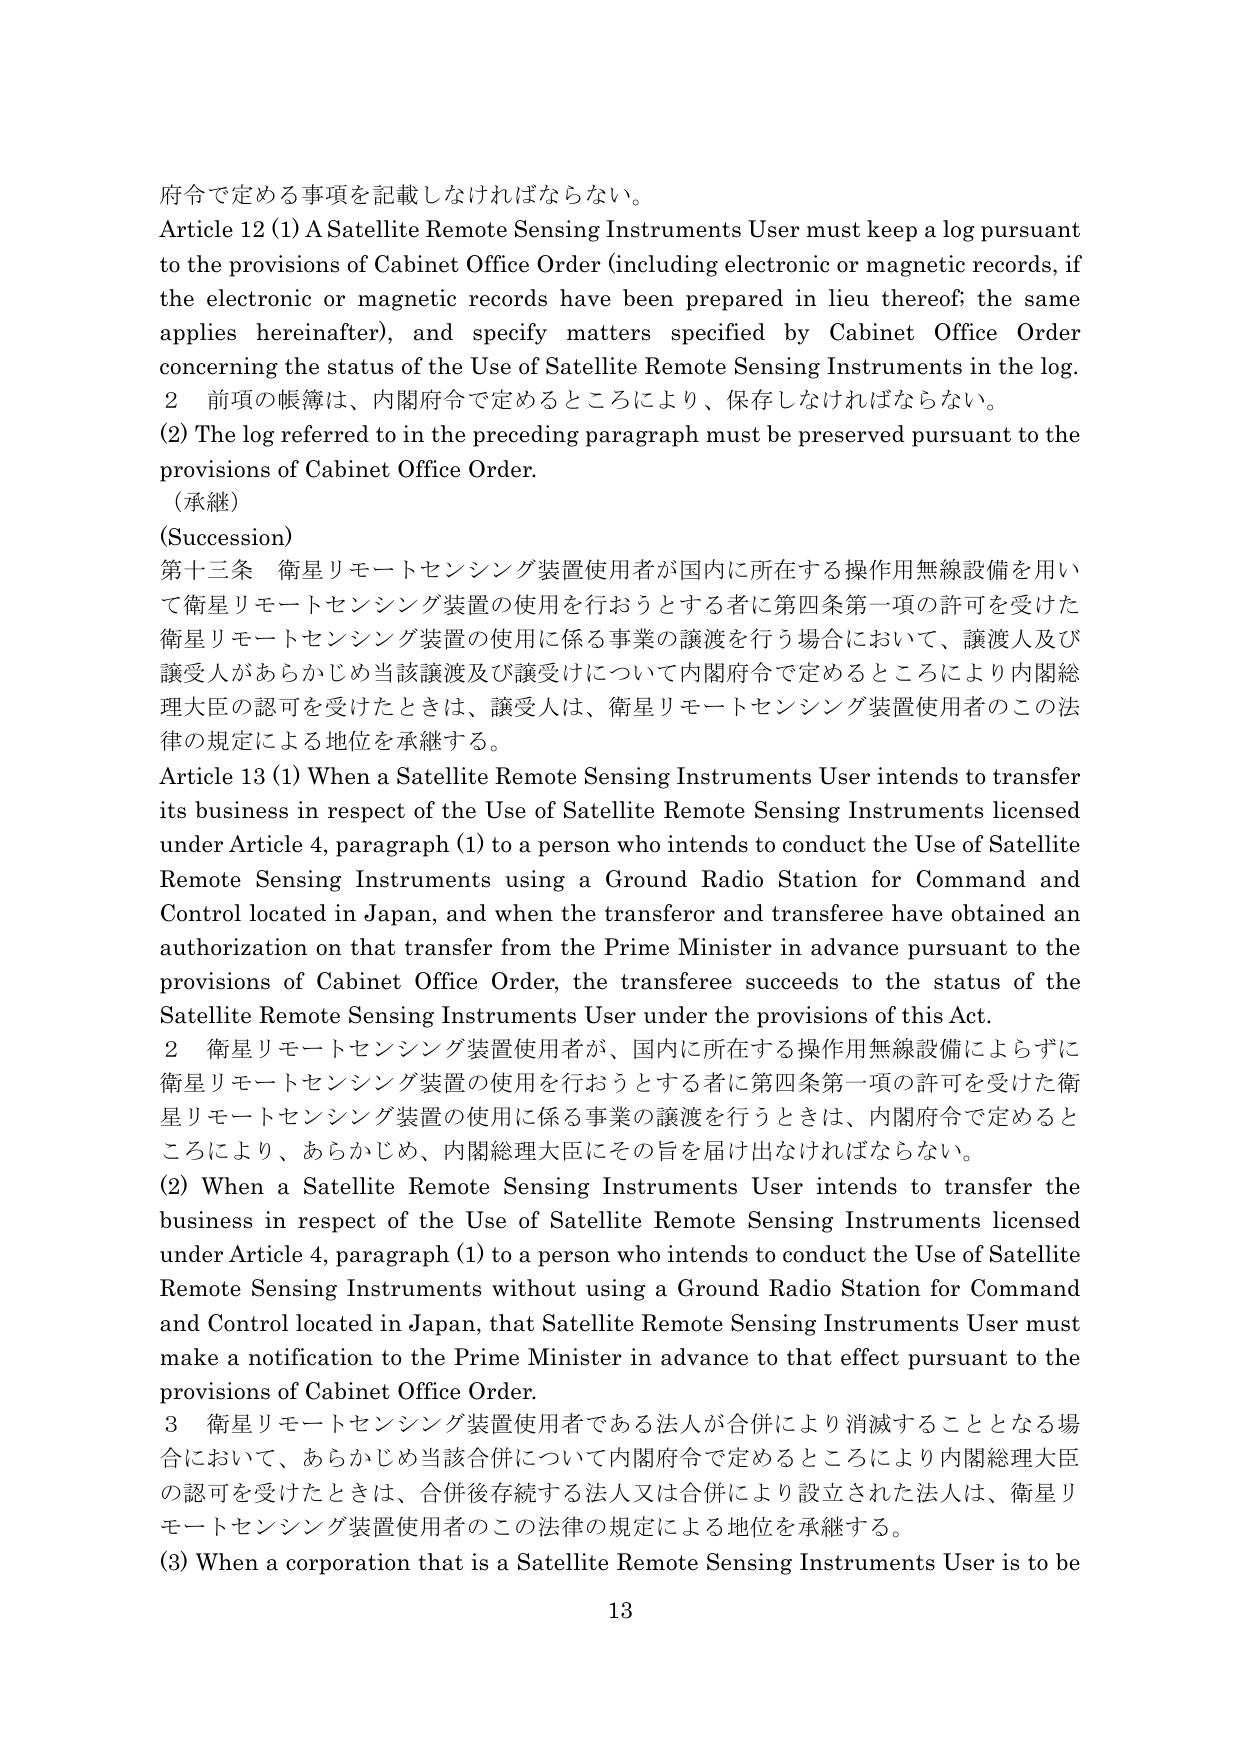
府令で定める事項を記載しなければならない。
Article 12 (1) A Satellite Remote Sensing Instruments User must keep a log pursuant to the provisions of Cabinet Office Order (including electronic or magnetic records, if the electronic or magnetic records have been prepared in lieu thereof; the same applies hereinafter), and specify matters specified by Cabinet Office Order concerning the status of the Use of Satellite Remote Sensing Instruments in the log.
2 前項の帳簿は、内閣府令で定めるところにより、保存しなければならない。
(2) The log referred to in the preceding paragraph must be preserved pursuant to the provisions of Cabinet Office Order.
（承継）
(Succession)
第十三条 衛星リモートセンシング装置使用者が国内に所在する操作用無線設備を用いて衛星リモートセンシング装置の使用を行おうとする者に第四条第一項の許可を受けた衛星リモートセンシング装置の使用に係る事業の譲渡を行う場合において、譲渡人及び譲受人があらかじめ当該譲渡及び譲受けについて内閣府令で定めるところにより内閣総理大臣の認可を受けたときは、譲受人は、衛星リモートセンシング装置使用者のこの法律の規定による地位を承継する。
Article 13 (1) When a Satellite Remote Sensing Instruments User intends to transfer its business in respect of the Use of Satellite Remote Sensing Instruments licensed under Article 4, paragraph (1) to a person who intends to conduct the Use of Satellite Remote Sensing Instruments using a Ground Radio Station for Command and Control located in Japan, and when the transferor and transferee have obtained an authorization on that transfer from the Prime Minister in advance pursuant to the provisions of Cabinet Office Order, the transferee succeeds to the status of the Satellite Remote Sensing Instruments User under the provisions of this Act.
2 衛星リモートセンシング装置使用者が、国内に所在する操作用無線設備によらずに衛星リモートセンシング装置の使用を行おうとする者に第四条第一項の許可を受けた衛星リモートセンシング装置の使用に係る事業の譲渡を行うときは、内閣府令で定めるところにより、あらかじめ、内閣総理大臣にその旨を届け出なければならない。
(2) When a Satellite Remote Sensing Instruments User intends to transfer the business in respect of the Use of Satellite Remote Sensing Instruments licensed under Article 4, paragraph (1) to a person who intends to conduct the Use of Satellite Remote Sensing Instruments without using a Ground Radio Station for Command and Control located in Japan, that Satellite Remote Sensing Instruments User must make a notification to the Prime Minister in advance to that effect pursuant to the provisions of Cabinet Office Order.
3 衛星リモートセンシング装置使用者である法人が合併により消滅することとなる場合において、あらかじめ当該合併について内閣府令で定めるところにより内閣総理大臣の認可を受けたときは、合併後存続する法人又は合併により設立された法人は、衛星リモートセンシング装置使用者のこの法律の規定による地位を承継する。
(3) When a corporation that is a Satellite Remote Sensing Instruments User is to be
13